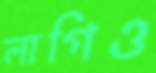
লাগিও